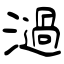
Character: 濄